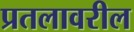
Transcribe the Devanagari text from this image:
प्रतलावरील